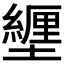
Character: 𫮸